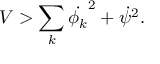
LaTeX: { V > \sum _ { k } \dot { \phi _ { k } } ^ { 2 } + \dot { \psi } ^ { 2 } . }